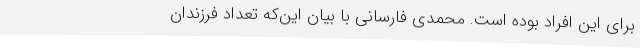
برای این افراد بوده است. محمدی فارسانی با بیان این‌که تعداد فرزندان